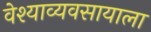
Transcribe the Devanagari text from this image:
वेश्याव्यवसायाला